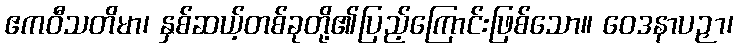
ဧကဝီသတိမာ၊ နှစ်ဆယ့်တစ်ခုတို့၏ပြည့်ကြောင်းဖြစ်သော။ ဝေဒနာပဉှာ၊